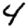
Digit: 4